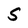
Character: S